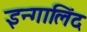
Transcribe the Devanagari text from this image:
इन्गालिंद